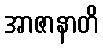
အာဇာနာတိ